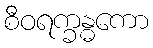
စီဝရက္ခန္ဓကော